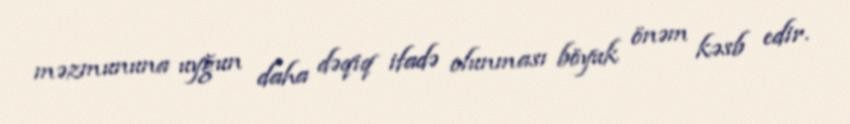
məzmununa uyğun daha dəqiq ifadə olunması böyuk önəm kəsb edir.